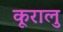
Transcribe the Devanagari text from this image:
कूरालु